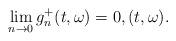
LaTeX: \begin{align*}\lim_{n\rightarrow 0} g_{n}^{+}(t,\omega) = 0 , (t,\omega).\end{align*}